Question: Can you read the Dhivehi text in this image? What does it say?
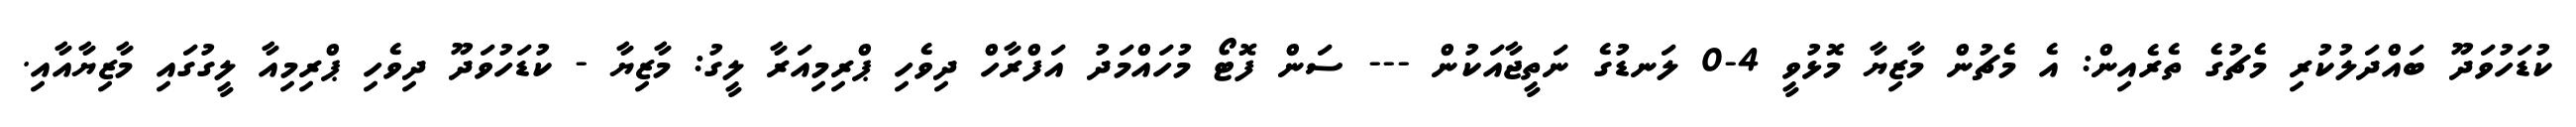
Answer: ކުޑަހުވަދޫ ބައްދަލުކުރި މެޗުގެ ތެރެއިން: އެ މެޗުން މާޒިޔާ މޮޅުވީ 4-0 ލަނޑުގެ ނަތީޖާއަކުން --- ސަން ފޮޓޯ މުހައްމަދު އަފްރާހް ދިވެހި ޕްރިމިއަރާ ލީގު: މާޒިޔާ - ކުޑަހުވަދޫ ދިވެހި ޕްރިމިއާ ލީގުގައި މާޒިޔާއާއި.